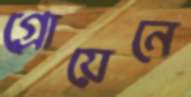
গ্রোয়েনে